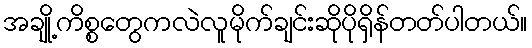
အချို့ကိစ္စတွေကလဲလူမိုက်ချင်းဆိုပိုရှိန်တတ်ပါတယ်။